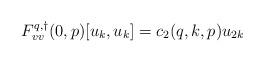
LaTeX: \begin{align*}F^{q,\dagger}_{vv}(0,p)[u_k,u_k] &= c_2(q,k,p) u_{2k}\end{align*}